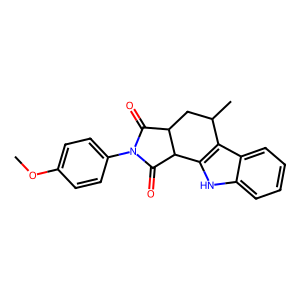
SMILES: COc1ccc(N2C(=O)C3CC(C)c4c([nH]c5ccccc45)C3C2=O)cc1
Inhibits HIV replication: No